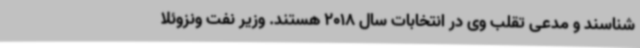
شناسند و مدعی تقلب وی در انتخابات سال 2018 هستند. وزیر نفت ونزوئلا